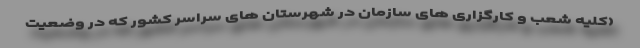
(کلیه شعب و کارگزاری های سازمان در شهرستان های سراسر کشور که در وضعیت